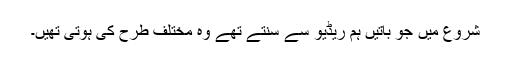
شروع میں جو باتیں ہم ریڈیو سے سنتے تھے وہ مختلف طرح کی ہوتی تھیں۔